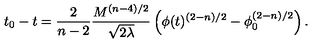
t _ { 0 } - t = { \frac { 2 } { n - 2 } } { \frac { M ^ { ( n - 4 ) / 2 } } { \sqrt { 2 \lambda } } } \left( \phi ( t ) ^ { ( 2 - n ) / 2 } - \phi _ { 0 } ^ { ( 2 - n ) / 2 } \right) .